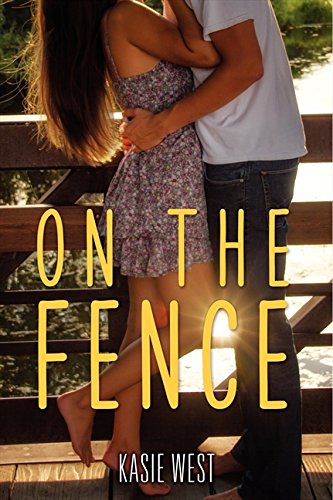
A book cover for On the Fence; Kasie West; Teen & Young Adult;